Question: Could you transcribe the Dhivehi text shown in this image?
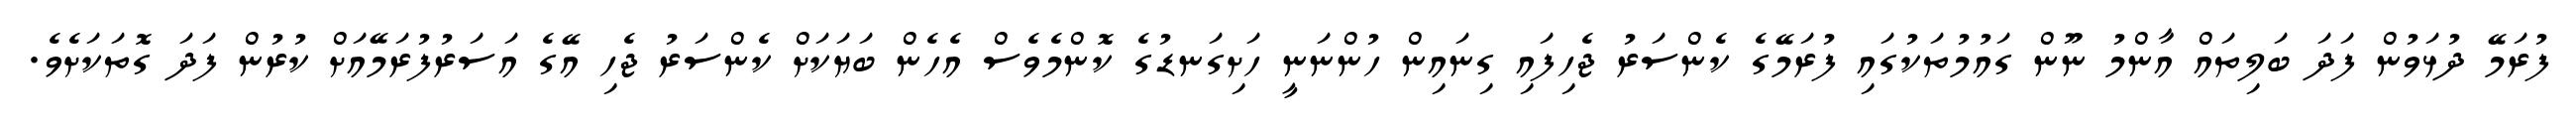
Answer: ފުރަމޭ ދުޅަވުން ފަދަ ބަލިތައް އާންމު ނޫން ގައުމުތަކުގައި ފުރަމޭގެ ކެންސަރު ޖެހިފައި ގިނައިން ހުންނަނީ ހަށިގަނޑުގެ ކޮންމެވެސް އެހެން ބަޔަކަށް ކެންސަރު ޖެހި އޭގެ އަސަރުފުރަމޭއަށް ކުރުން ފަދަ ގޮތަކަށެވެ.